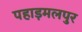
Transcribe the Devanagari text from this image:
पहाड़मलपुर